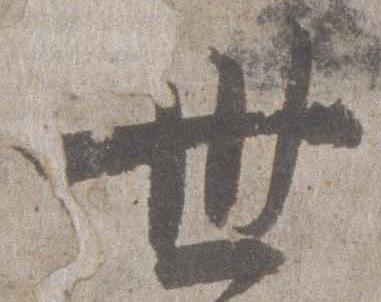
卅